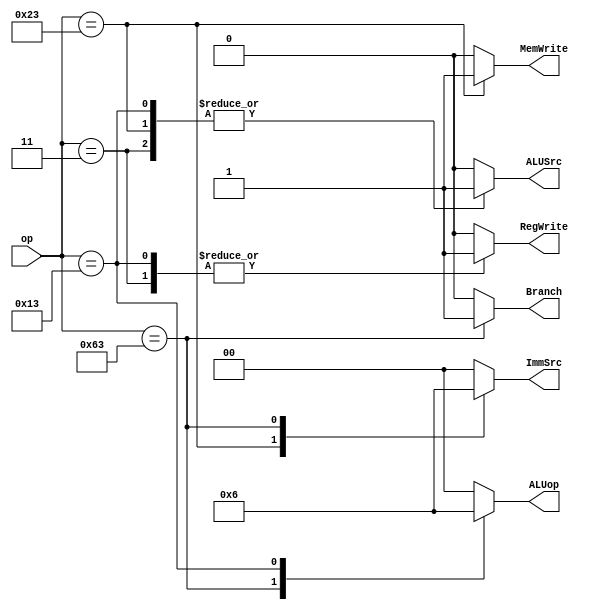
module MainDecoder(
    input [6:0] op,
    output reg RegWrite,
    output reg MemWrite,
    output reg Branch,
    output reg ALUSrc,
    output reg [1:0] ALUop,
    output reg [1:0] ImmSrc
);
    always @(*) begin
        case(op)
            7'b0000011: begin // Load Word Instruction
                RegWrite <= 1;
                MemWrite <= 0;
                Branch <= 0;
                ALUSrc <= 1;
                ALUop <= 2'b00;
                ImmSrc <= 2'b00;
            end
            7'b0100011: begin // Store Word Instruction
                RegWrite <= 0;
                MemWrite <= 1;
                Branch <= 0;
                ALUSrc <= 1;
                ALUop <= 2'b00;
                ImmSrc <= 2'b01;
            end
            7'b1100011: begin // Branch Instruction
                RegWrite <= 0;
                MemWrite <= 0;
                Branch <= 1;
                ALUSrc <= 0;
                ALUop <= 2'b01;
                ImmSrc <= 2'b10;
            end
            7'b0010011: begin // I-type Instruction
                RegWrite <= 1;
                MemWrite <= 0;
                Branch <= 0;
                ALUSrc <= 1;
                ALUop <= 2'b10;
                ImmSrc <= 2'b00;
            end
            default: begin
                RegWrite <= 0;
                MemWrite <= 0;
                Branch <= 0;
                ALUSrc <= 0;
                ALUop <= 2'b00;
                ImmSrc <= 2'b00;
            end
        endcase
    end
endmodule